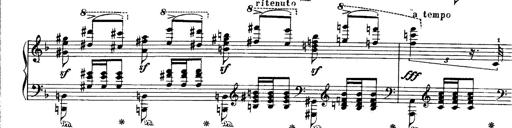
Title: Paraphrase de concert sur Ernani II
Composer: Franz Liszt